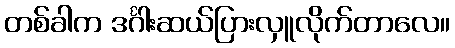
တစ်ခါက ဒင်္ဂါးဆယ်ပြားလှူလိုက်တာလေ။